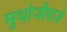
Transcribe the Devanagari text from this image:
मुधोजीराजे